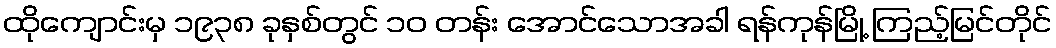
ထိုကျောင်းမှ ၁၉၃၈ ခုနှစ်တွင် ၁၀ တန်း အောင်သောအခါ ရန်ကုန်မြို့ ကြည့်မြင်တိုင်